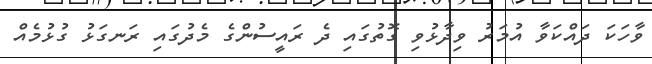
ވާހަކަ ދައްކަވާ އުމަރު ވިދާޅުވި ގޮތުގައި ދެ ރައީސުންގެ މެދުގައި ރަނގަޅު ގުޅުމެއް